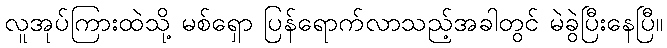
လူအုပ်ကြားထဲသို့ မစ်ရှော ပြန်ရောက်လာသည့်အခါတွင် မဲခွဲပြီးနေပြီ။